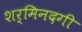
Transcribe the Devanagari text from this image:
शर्मिनदगी